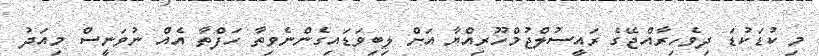
މި ކުޑަކުޑަ ދިވެހިރާއްޖޭގެ ރައީސުލްޖުމްހޫރިއްޔާ އަށް ލިބިވަޑައިގެންނެވިތާ ހަފްތާ އެއް ނުވަނީސް މިއަދު